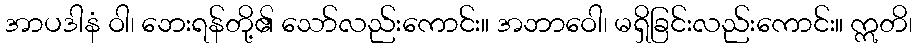
အာပဒါနံ ဝါ၊ ဘေးရန်တို့၏ သော်လည်းကောင်း။ အဘာဝေါ၊ မရှိခြင်းလည်းကောင်း။ ဣတိ၊